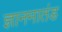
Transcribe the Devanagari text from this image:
ज्ञानमातंड